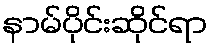
နာမ်ပိုင်းဆိုင်ရာ